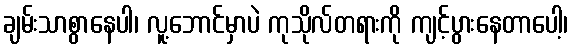
ချမ်းသာစွာနေပါ၊ လူ့ဘောင်မှာပဲ ကုသိုလ်တရားကို ကျင့်ပွားနေတာပေါ့၊